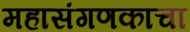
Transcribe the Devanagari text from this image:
महासंगणकाचा